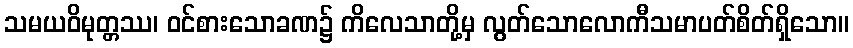
သမယဝိမုတ္တဿ၊ ဝင်စားသောခဏ၌ ကိလေသာတို့မှ လွတ်သောလောကီသမာပတ်စိတ်ရှိသော။